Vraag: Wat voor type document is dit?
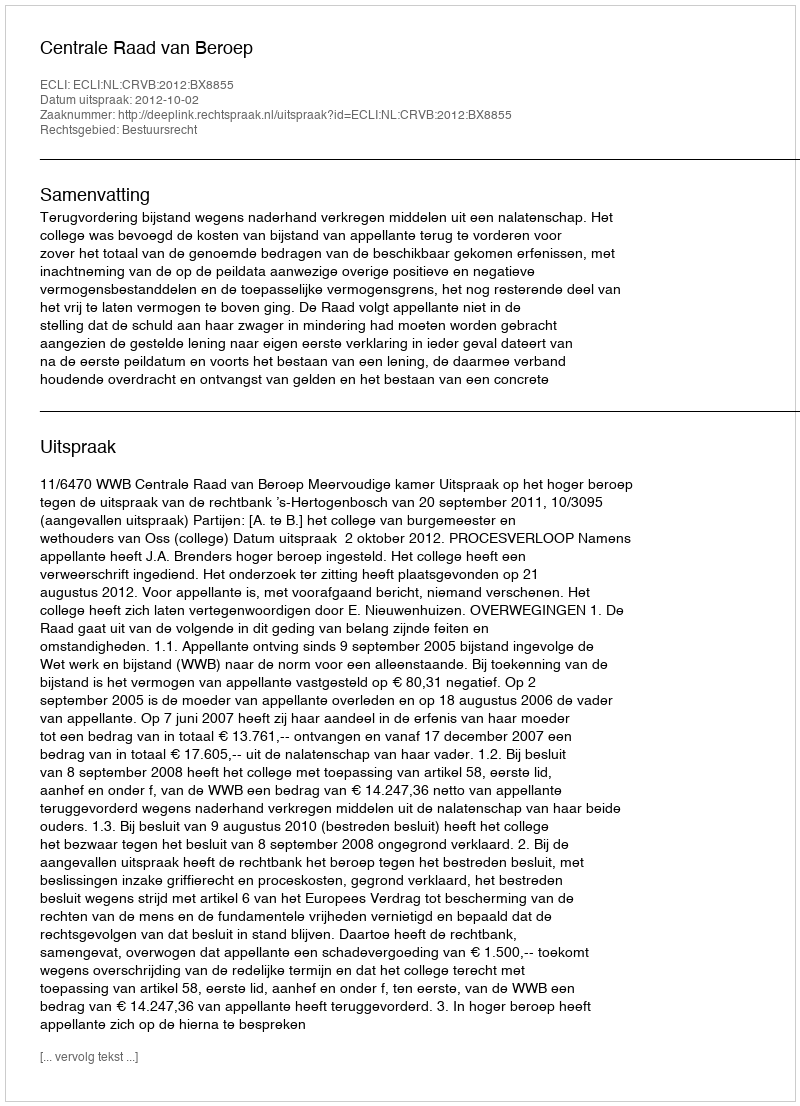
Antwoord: Uitspraak